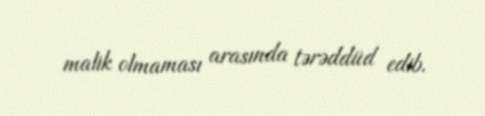
malik olmaması arasında tərəddüd edib.